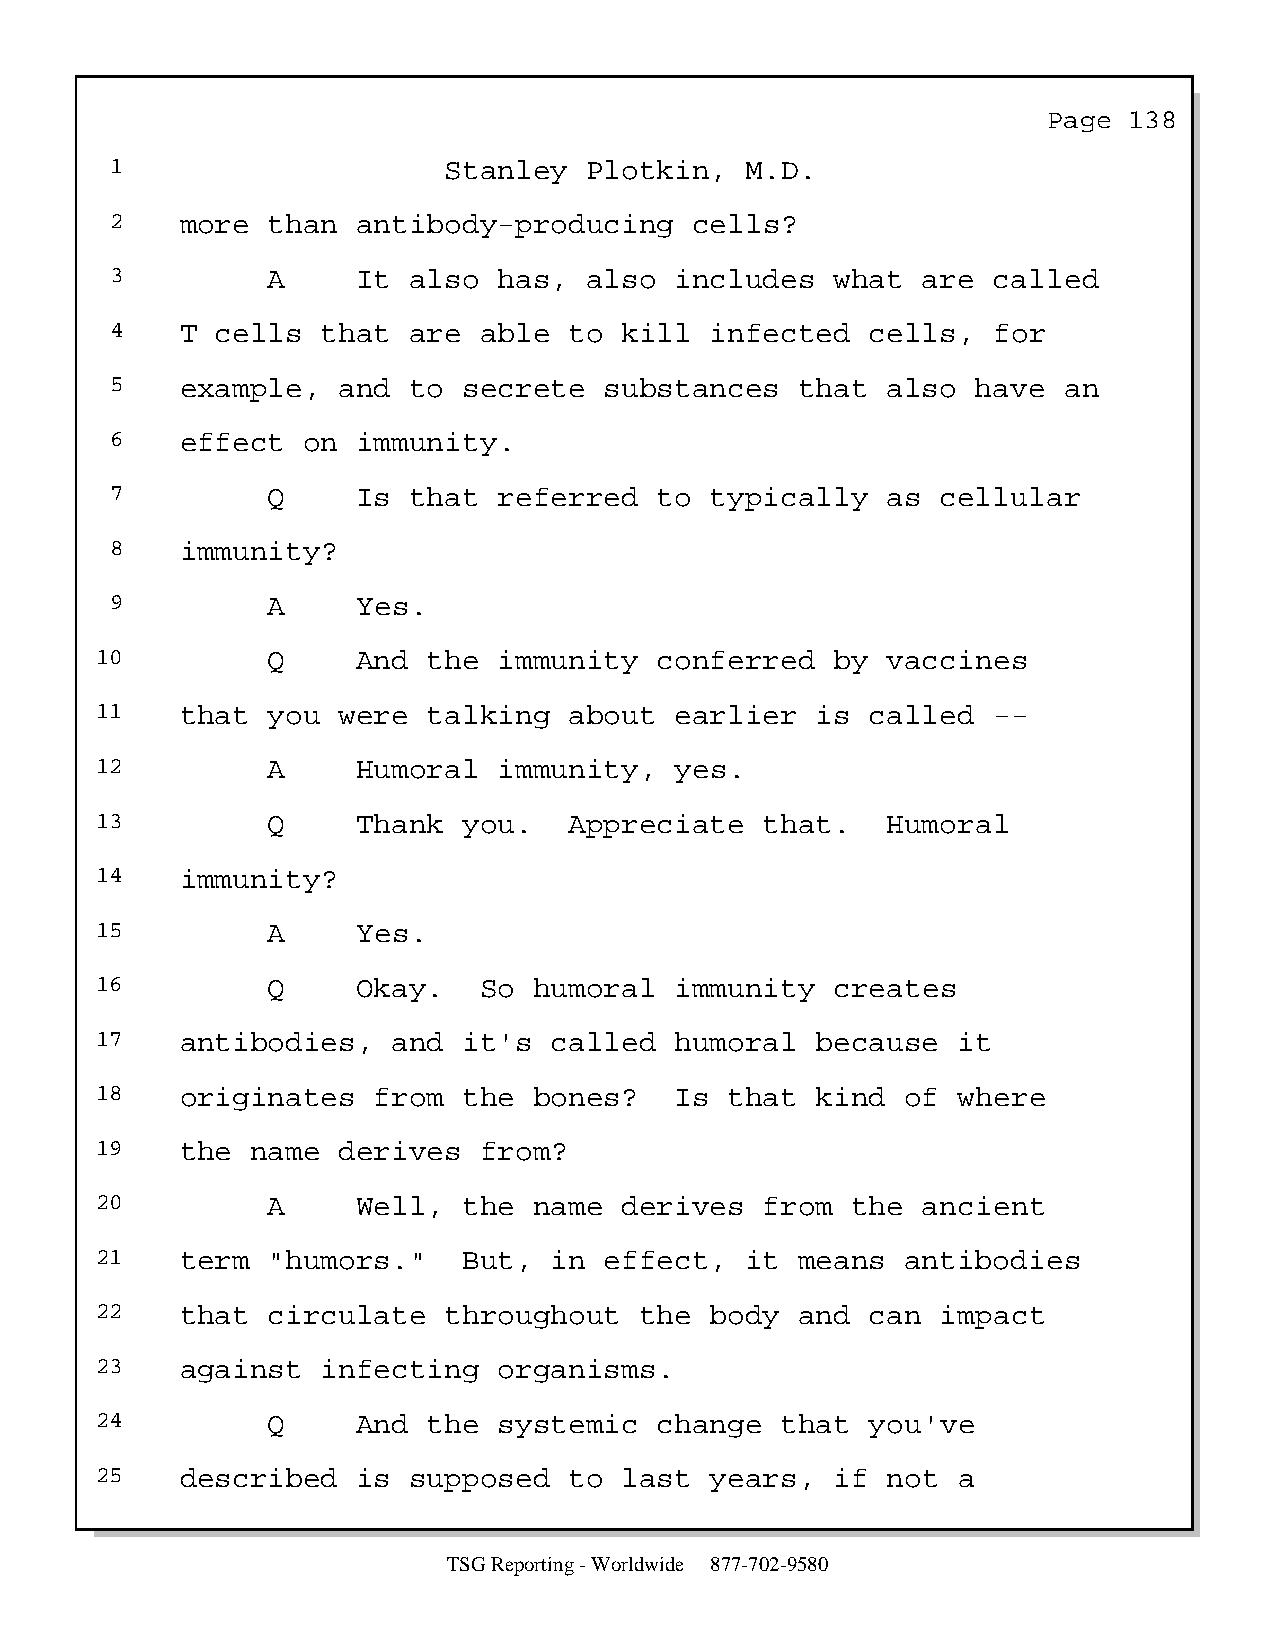
Page  138
 1                     Stanley   Plotkin,  M.D.
 2    more  than  antibody-producing    cells?
 3          A     It also  has,  also  includes  what  are  called
 4    T cells  that  are  able  to kill  infected   cells,  for
 5    example,  and  to  secrete  substances   that  also  have an
 6    effect  on  immunity.
 7          Q     Is that  referred   to typically   as cellular
 8    immunity?
 9          A     Yes.
 10          Q     And the  immunity   conferred  by  vaccines
 11    that  you were  talking   about  earlier  is  called  --
 12          A     Humoral  immunity,   yes.
 13          Q     Thank  you.   Appreciate   that.   Humoral
 14    immunity?
 15          A     Yes.
 16          Q     Okay.   So humoral   immunity  creates
 17    antibodies,   and  it's called   humoral  because  it
 18    originates   from  the bones?    Is that  kind  of where
 19    the  name derives   from?
 20          A     Well,  the name  derives   from the  ancient
 21    term  "humors."    But, in  effect,  it  means  antibodies
 22    that  circulate  throughout   the  body  and  can impact
 23    against  infecting   organisms.
 24          Q     And the  systemic   change  that  you've
 25    described   is supposed   to last  years,  if  not a
 TSG Reporting - Worldwide 877-702-9580